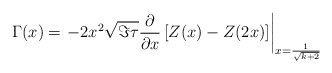
\begin{align*}\Gamma(x) = \left.-2 x^2\sqrt{\Im\tau}\frac{\partial}{\partial x}\left[Z(x) - Z(2x)\right]\right|_{x=\frac{1}{\sqrt{k+2}}}\end{align*}